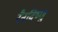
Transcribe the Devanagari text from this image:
रैनविष्णु